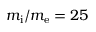
m _ { \mathrm { i } } / m _ { \mathrm { e } } = 2 5